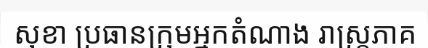
សុខា ប្រធានក្រុមអ្នកតំណាង រាស្ត្រភាគ